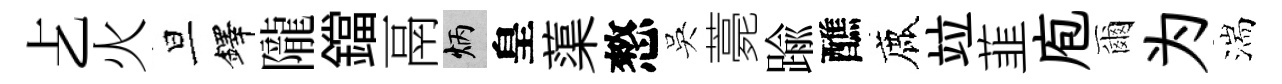
𠧒火旦鐸隴鐺鬲炳皇蕖憗吳薧踰醮鹿竝韮庖爾为湍